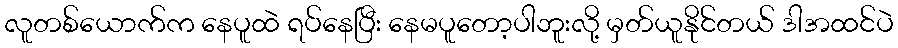
လူတစ်ယောက်က နေပူထဲ ရပ်နေပြီး နေမပူတော့ပါဘူးလို့ မှတ်ယူနိုင်တယ် ဒါအထင်ပဲ